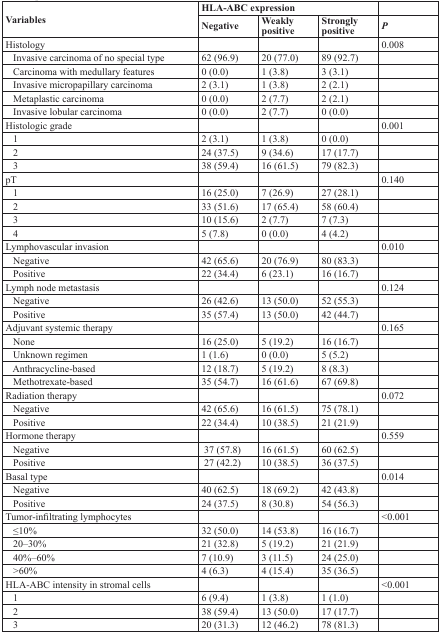
<table><thead><tr><td rowspan="2"><b>Variables</b></td><td colspan="3"><b>HLA-ABC expression</b></td><td></td></tr><tr><td><b>Negative</b></td><td><b>Weakly positive</b></td><td><b>Strongly positive</b></td><td><b><i>P</i></b></td></tr></thead><tbody><tr><td>Histology</td><td></td><td></td><td></td><td>0.008</td></tr><tr><td> Invasive carcinoma of no special type</td><td>62 (96.9)</td><td>20 (77.0)</td><td>89 (92.7)</td><td></td></tr><tr><td> Carcinoma with medullary features</td><td>0 (0.0)</td><td>1 (3.8)</td><td>3 (3.1)</td><td></td></tr><tr><td> Invasive micropapillary carcinoma</td><td>2 (3.1)</td><td>1 (3.8)</td><td>2 (2.1)</td><td></td></tr><tr><td> Metaplastic carcinoma</td><td>0 (0.0)</td><td>2 (7.7)</td><td>2 (2.1)</td><td></td></tr><tr><td> Invasive lobular carcinoma</td><td>0 (0.0)</td><td>2 (7.7)</td><td>0 (0.0)</td><td></td></tr><tr><td>Histologic grade</td><td></td><td></td><td></td><td>0.001</td></tr><tr><td> 1</td><td>2 (3.1)</td><td>1 (3.8)</td><td>0 (0.0)</td><td></td></tr><tr><td> 2</td><td>24 (37.5)</td><td>9 (34.6)</td><td>17 (17.7)</td><td></td></tr><tr><td> 3</td><td>38 (59.4)</td><td>16 (61.5)</td><td>79 (82.3)</td><td></td></tr><tr><td>pT</td><td></td><td></td><td></td><td>0.140</td></tr><tr><td> 1</td><td>16 (25.0)</td><td>7 (26.9)</td><td>27 (28.1)</td><td></td></tr><tr><td> 2</td><td>33 (51.6)</td><td>17 (65.4)</td><td>58 (60.4)</td><td></td></tr><tr><td> 3</td><td>10 (15.6)</td><td>2 (7.7)</td><td>7 (7.3)</td><td></td></tr><tr><td> 4</td><td>5 (7.8)</td><td>0 (0.0)</td><td>4 (4.2)</td><td></td></tr><tr><td>Lymphovascular invasion</td><td></td><td></td><td></td><td>0.010</td></tr><tr><td> Negative</td><td>42 (65.6)</td><td>20 (76.9)</td><td>80 (83.3)</td><td></td></tr><tr><td> Positive</td><td>22 (34.4)</td><td>6 (23.1)</td><td>16 (16.7)</td><td></td></tr><tr><td>Lymph node metastasis</td><td></td><td></td><td></td><td>0.124</td></tr><tr><td> Negative</td><td>26 (42.6)</td><td>13 (50.0)</td><td>52 (55.3)</td><td></td></tr><tr><td> Positive</td><td>35 (57.4)</td><td>13 (50.0)</td><td>42 (44.7)</td><td></td></tr><tr><td>Adjuvant systemic therapy</td><td></td><td></td><td></td><td>0.165</td></tr><tr><td> None</td><td>16 (25.0)</td><td>5 (19.2)</td><td>16 (16.7)</td><td></td></tr><tr><td> Unknown regimen</td><td>1 (1.6)</td><td>0 (0.0)</td><td>5 (5.2)</td><td></td></tr><tr><td> Anthracycline-based</td><td>12 (18.7)</td><td>5 (19.2)</td><td>8 (8.3)</td><td></td></tr><tr><td> Methotrexate-based</td><td>35 (54.7)</td><td>16 (61.6)</td><td>67 (69.8)</td><td></td></tr><tr><td>Radiation therapy</td><td></td><td></td><td></td><td>0.072</td></tr><tr><td> Negative</td><td>42 (65.6)</td><td>16 (61.5)</td><td>75 (78.1)</td><td></td></tr><tr><td> Positive</td><td>22 (34.4)</td><td>10 (38.5)</td><td>21 (21.9)</td><td></td></tr><tr><td>Hormone therapy</td><td></td><td></td><td></td><td>0.559</td></tr><tr><td> Negative</td><td> 37 (57.8)</td><td>16 (61.5)</td><td>60 (62.5)</td><td></td></tr><tr><td> Positive</td><td> 27 (42.2)</td><td>10 (38.5)</td><td>36 (37.5)</td><td></td></tr><tr><td>Basal type</td><td></td><td></td><td></td><td>0.014</td></tr><tr><td> Negative</td><td>40 (62.5)</td><td>18 (69.2)</td><td>42 (43.8)</td><td></td></tr><tr><td> Positive</td><td>24 (37.5)</td><td>8 (30.8)</td><td>54 (56.3)</td><td></td></tr><tr><td>Tumor-infiltrating lymphocytes</td><td></td><td></td><td></td><td>&lt;0.001</td></tr><tr><td> ≤10%</td><td>32 (50.0)</td><td>14 (53.8)</td><td>16 (16.7)</td><td></td></tr><tr><td> 20–30%</td><td>21 (32.8)</td><td>5 (19.2)</td><td>21 (21.9)</td><td></td></tr><tr><td> 40%–60%</td><td>7 (10.9)</td><td>3 (11.5)</td><td>24 (25.0)</td><td></td></tr><tr><td> &gt;60%</td><td>4 (6.3)</td><td>4 (15.4)</td><td>35 (36.5)</td><td></td></tr><tr><td>HLA-ABC intensity in stromal cells</td><td></td><td></td><td></td><td>&lt;0.001</td></tr><tr><td> 1</td><td>6 (9.4)</td><td>1 (3.8)</td><td>1 (1.0)</td><td></td></tr><tr><td> 2</td><td>38 (59.4)</td><td>13 (50.0)</td><td>17 (17.7)</td><td></td></tr><tr><td> 3</td><td>20 (31.3)</td><td>12 (46.2)</td><td>78 (81.3)</td><td></td></tr></tbody></table>